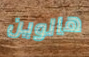
هالوين